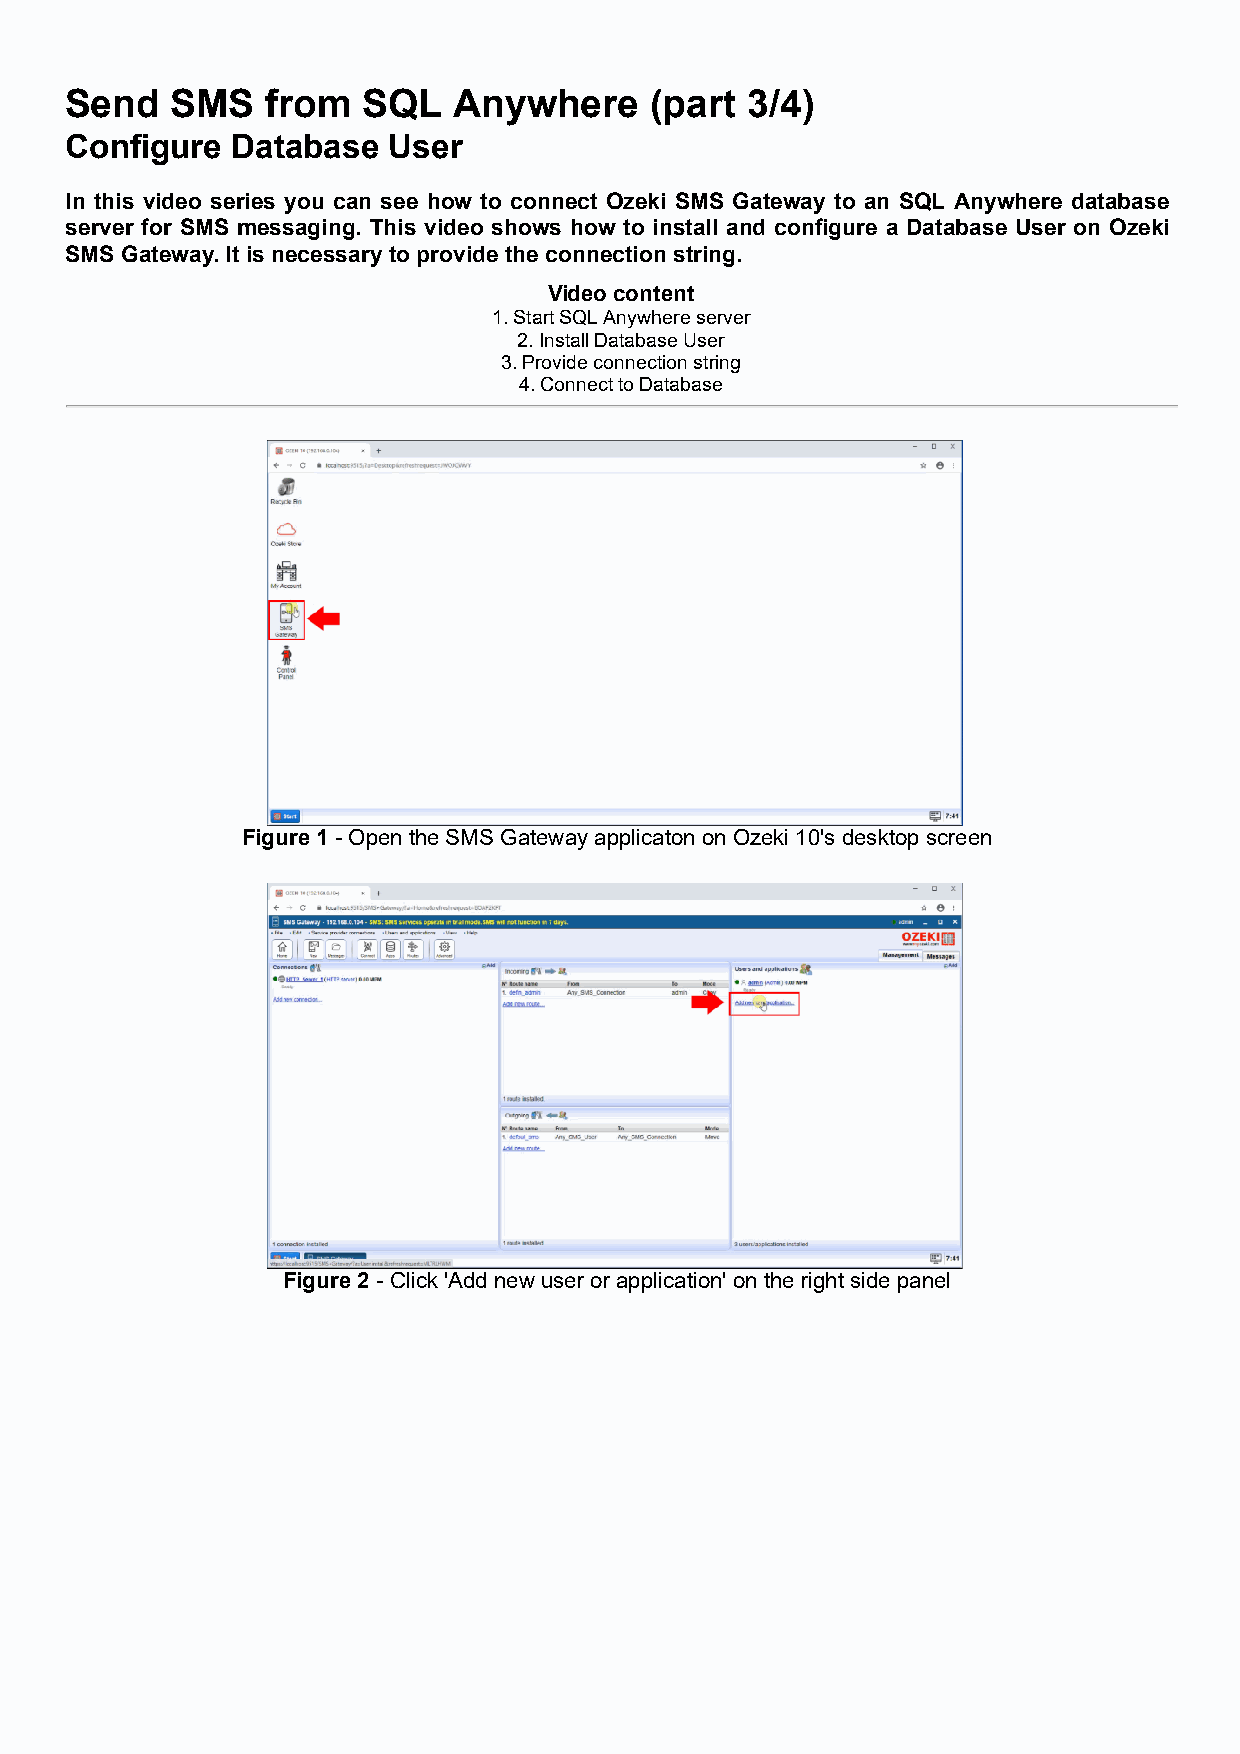
Send   SMS    from  SQL   Anywhere     (part  3/4)
 Configure  Database   User
 In this video series you can see how to connect Ozeki SMS Gateway to an SQL Anywhere database
 server for SMS messaging. This video shows how to install and configure a Database User on Ozeki
 SMS Gateway. It is necessary to provide the connection string.
 Video content
 1. Start SQL Anywhere server
 2. Install Database User
 3. Provide connection string
 4. Connect to Database
 Figure 1 - Open the SMS Gateway applicaton on Ozeki 10's desktop screen
 Figure 2 - Click 'Add new user or application' on the right side panel